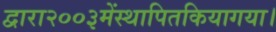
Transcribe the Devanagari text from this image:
द्वारा२००३मेंस्थापितकियागया।